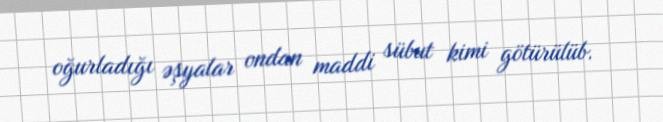
oğurladığı əşyalar ondan maddi sübut kimi götürülüb.